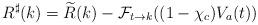
LaTeX: \begin{align*}R^\sharp(k)=\widetilde{R}(k)-\mathcal{F}_{t \to k}((1-\chi_c) V_a(t))\end{align*}